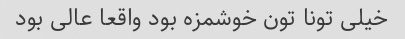
خیلی تونا تون خوشمزه بود واقعا عالی بود